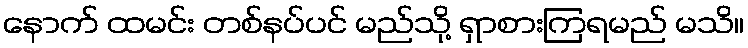
နောက် ထမင်း တစ်နပ်ပင် မည်သို့ ရှာစားကြရမည် မသိ။